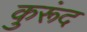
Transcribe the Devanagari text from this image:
कुरूंद